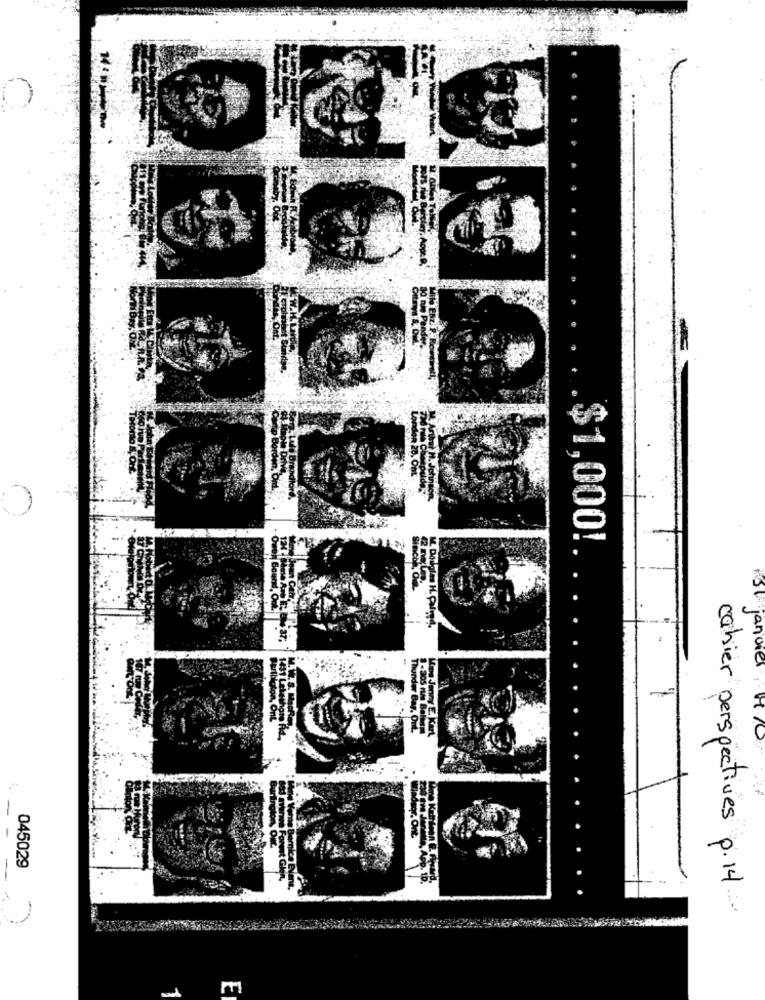
$1,000!
janvier , HO
045029
cahier perspectives p. 14 ..